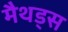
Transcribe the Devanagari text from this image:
मैथड्स